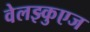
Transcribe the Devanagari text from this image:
वेलझ्कुएज